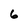
Character: 6